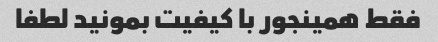
فقط همینجور با کیفیت بمونید لطفا